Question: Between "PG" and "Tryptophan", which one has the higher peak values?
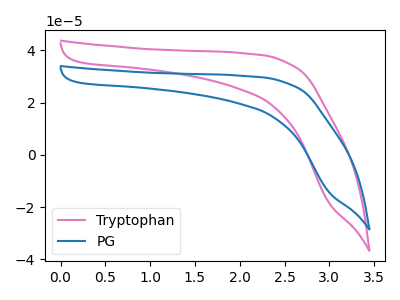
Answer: <think>The pink curve "Tryptophan" has no peaks. The blue curve "PG" has no peaks.</think>
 <answer>Niether CV has any peaks.</answer>
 <eval>blanks</eval>